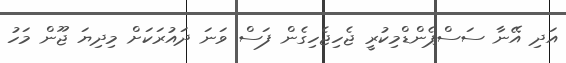
އަދި އޭނާ ސަސްޕެންޑްމިކުރީ ޖެހިޖެހިގެން ފަސް ވަނަ ދައުރަކަށް މިދިޔަ ޖޫން މަހު